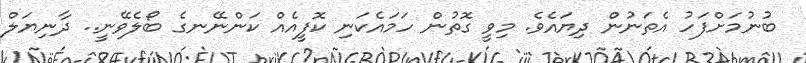
ބުނުމަށްފަހު އެތަނުން ދިޔައެވެ. މިވީ ގޮތުން ހަމައެކަނި ކޮފީއެއް ކަންނޭނގެ ބޯލެވޭނީ.. ދާނިޔަލް